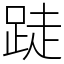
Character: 跿